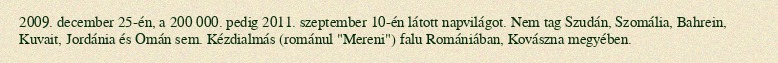
2009. december 25-én, a 200 000. pedig 2011. szeptember 10-én látott napvilágot. Nem tag Szudán, Szomália, Bahrein, Kuvait, Jordánia és Omán sem. Kézdialmás (románul "Mereni") falu Romániában, Kovászna megyében.